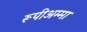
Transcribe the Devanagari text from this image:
रूपीअम्मा